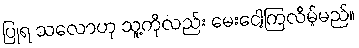
ပြုရ သလောဟု သူ့ကိုလည်း မေးငေါ့ကြလိမ့်မည်။